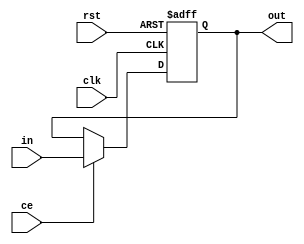
`timescale 1ns / 1ps
//////////////////////////////////////////////////////////////////////////////////
// Company: 
// Engineer: 
// 
// Design Name: 
// Module Name:    dff 
// Project Name: 
// Target Devices: 
// Tool versions: 
// Description: 
//
// Dependencies: 
//
// Revision: 
// Revision 0.01 - File Created
// Additional Comments: 
//
//////////////////////////////////////////////////////////////////////////////////
module latch #(
        parameter WIDTH = 1
    )(
        input                   ce,
        input                   rst,
        input                   clk,
        input  [WIDTH - 1:0]    in,
        output [WIDTH - 1:0]    out
    );
    reg [WIDTH - 1:0] out_mem = 0;
    assign out = out_mem;
    
    always@(posedge clk or posedge rst)
    begin
        if(rst) out_mem <= 0;
        else
            if(ce)  out_mem <= in;
            else    out_mem <= out_mem;
    end
endmodule